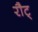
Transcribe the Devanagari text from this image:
रौट्